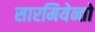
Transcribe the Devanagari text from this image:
सारमियेन्तो